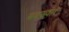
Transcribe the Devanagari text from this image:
मयख़्वार